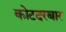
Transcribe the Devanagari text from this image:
कोटदरबार